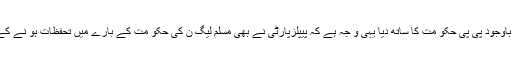
پیپلزپارٹی کے 5 سالہ اقتدار کے دوران ہر مشکل موقع پر میاں نواز شر یف نے اختلا فات کے باوجود پی پی حکو مت کا ساتھ دیا یہی و جہ ہے کہ پیپلزپارٹی نے بھی مسلم لیگ ن کی حکو مت کے بارے میں تحفظات ہو نے کے باو جود آ ئین اور جمہوریت کو بچا نے کے لئے حکو مت کے ساتھ یکجہتی کا اظہار کیا ہے۔